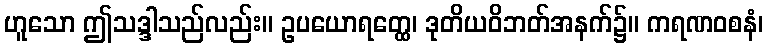
ဟူသော ဤသဒ္ဒါသည်လည်း။ ဥပယောရတ္ထေ၊ ဒုတိယဝိဘတ်အနက်၌။ ကရဏဝစနံ၊